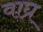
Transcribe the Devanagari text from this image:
वाघ्र